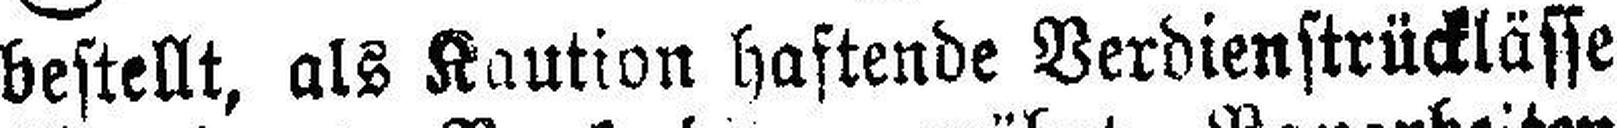
bestellt, als Kaution haftende Verdienstrücklässe